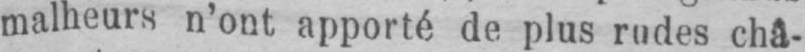
malheurs n’ont apporté de plus rudes châ-